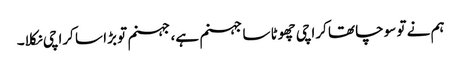
ہم نے تو سوچا تھا کراچی چھوٹا سا جہنم ہے، جہنم تو بڑا سا کراچی نکلا۔